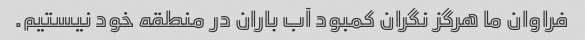
فراوان ما هرگز نگران کمبود آب باران در منطقه خود نیستیم.